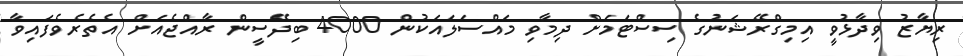
ރިޔާޒު ވިދާޅުވީ އިމިގްރޭޝަނުގެ ސިސްޓަމަށް ދިމާވި މައްސަލައަކުން 4000 ބިދޭސީން ރާއްޖެއަށް އެތެރެވެފައިވާ